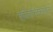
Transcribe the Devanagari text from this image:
शोकान्तिकांतील